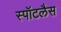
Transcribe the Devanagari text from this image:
स्पॉटलैस